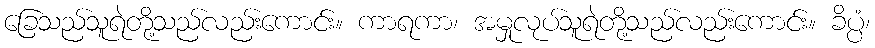
ခြေသည်သူရဲတို့သည်လည်းကောင်း။ ကာရကာ၊ အမှုလုပ်သူရဲတို့သည်လည်းကောင်း။ ခိပ္ပံ၊